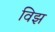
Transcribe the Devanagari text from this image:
विझ